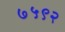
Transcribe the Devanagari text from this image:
७५९२